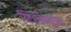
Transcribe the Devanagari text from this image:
स्टिल्बेसस्ट्रॉल